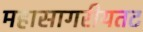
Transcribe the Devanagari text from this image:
महासागरीयतट